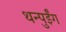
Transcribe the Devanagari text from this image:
थन्पुईंग